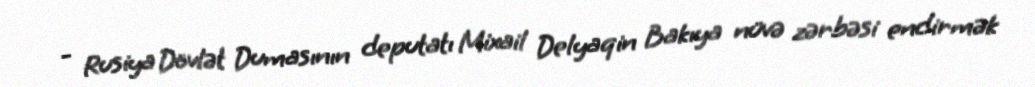
- Rusiya Dövlət Dumasının deputatı Mixail Delyaqin Bakıya nüvə zərbəsi endirmək